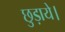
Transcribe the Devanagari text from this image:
छुड़ाये।